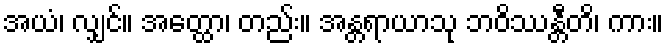
အယံ၊ လျှင်။ အတ္ထော၊ တည်း။ အန္တရာယာသု ဘဝိဿန္တီတိ၊ ကား။